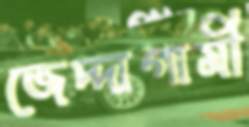
জেদ্দাগামী